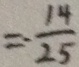
= - \frac { 1 4 } { 2 5 }